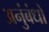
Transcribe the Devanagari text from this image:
अनुंबंधों